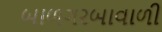
બાળગરબાવાળી